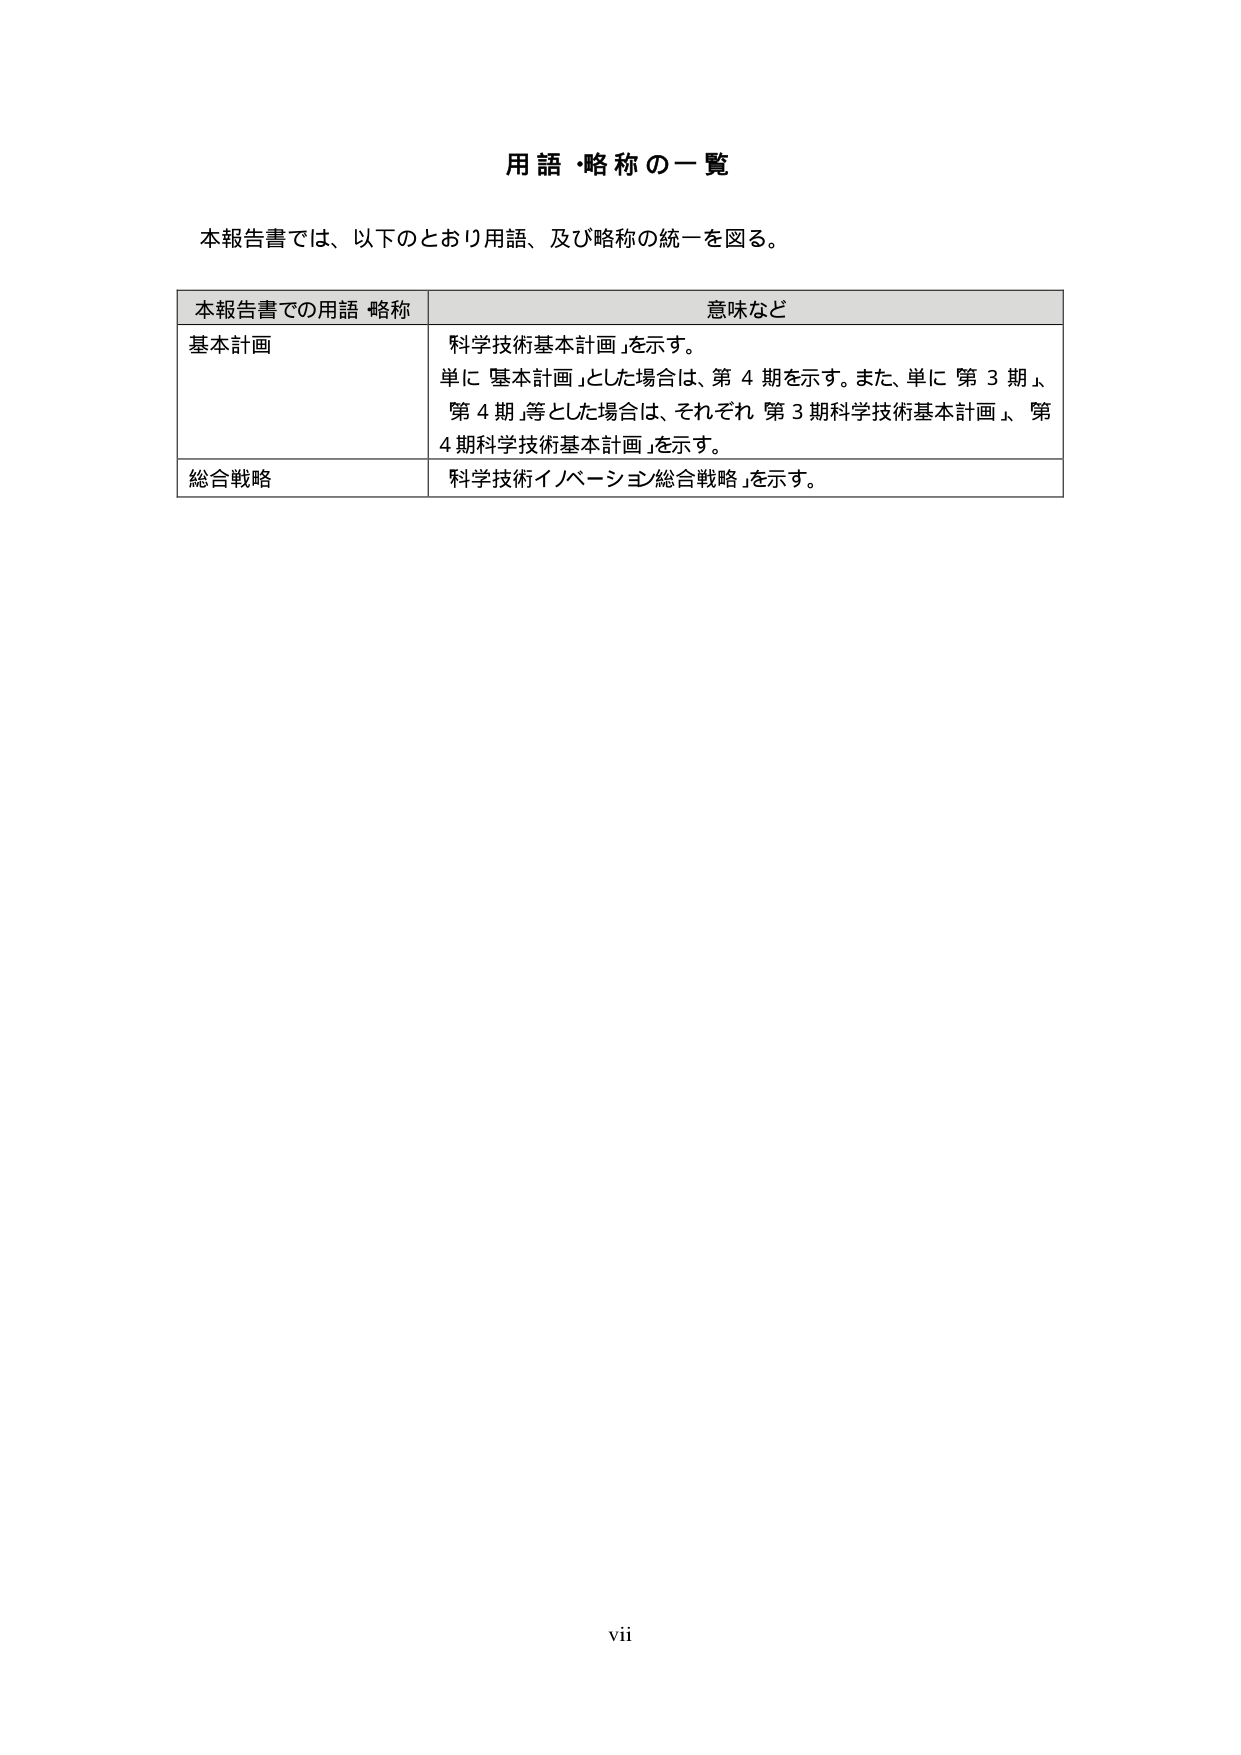
用語・略称の一覧

本報告書では、以下のとおり用語、及び略称の統一を図る。

本報告書での用語・略称　　意味など

基本計画　　科学技術基本計画」を示す。
単に「基本計画」とした場合は、第4期を示す。また、単に「第3期」、「第4期」等とした場合は、それぞれ「第3期科学技術基本計画」、「第4期科学技術基本計画」を示す。

総合戦略　　科学技術イノベーション総合戦略」を示す。

vii